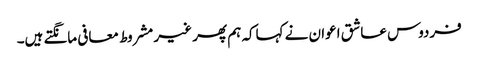
فردوس عاشق اعوان نے کہاکہ ہم پھر غیر مشروط معافی مانگتے ہیں۔